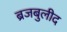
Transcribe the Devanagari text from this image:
ब्रजबुलीद